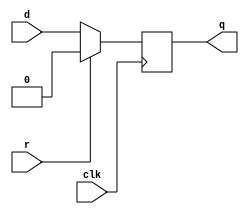
module top_module (
    input clk,
    input d, 
    input r,   // synchronous reset
    output reg q
);
    always @(posedge clk) begin
        if (r)
    		q <= 0;
        else
            q <= d;
    end

endmodule